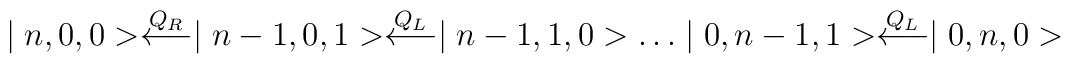
\mid n,0,0>\buildrel{Q_{\scriptscriptstyle R}}\over\longleftarrow \mid n-1,0,1>\buildrel{Q_{\scriptscriptstyle L}}\over\longleftarrow\mid n-1,1,0> \dots\mid0,n-1,1>\buildrel{Q_{\scriptscriptstyle L}}\over\longleftarrow\mid 0,n,0>